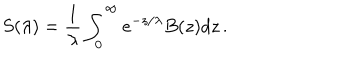
S ( \lambda ) = { \frac { 1 } { \lambda } } \int _ { 0 } ^ { \infty } e ^ { - z / \lambda } B ( z ) d z \, .